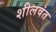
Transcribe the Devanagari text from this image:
शीलवंत